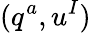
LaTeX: (q^{a},u^{I})